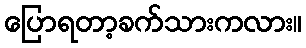
ပြောရတာ့ခက်သားကလား။